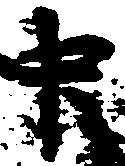
中